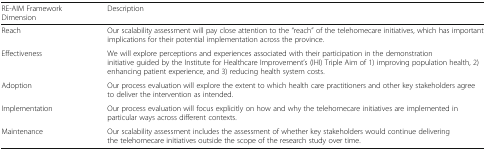
| RE-AIM Framework Dimension | Description |
 | --- | --- |
 | Reach | Our scalability assessment will pay close attention to the “reach” of the telehomecare initiatives, which has important implications for their potential implementation across the province. |
 | Effectiveness | We will explore perceptions and experiences associated with their participation in the demonstration initiative guided by the Institute for Healthcare Improvement’s (IHI) Triple Aim of 1) improving population health, 2) enhancing patient experience, and 3) reducing health system costs. |
 | Adoption | Our process evaluation will explore the extent to which health care practitioners and other key stakeholders agree to deliver the intervention as intended. |
 | Implementation | Our process evaluation will focus explicitly on how and why the telehomecare initiatives are implemented in particular ways across different contexts. |
 | Maintenance | Our scalability assessment includes the assessment of whether key stakeholders would continue delivering the telehomecare initiatives outside the scope of the research study over time. |